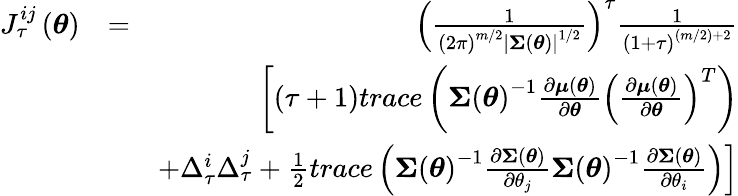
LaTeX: \begin{array}{rlr}{J_{\tau}^{ij}\left(\boldsymbol{\theta}\right)}&{=}&{\left(\frac{1}{\left(2\pi\right)^{m/2}\left\vert\boldsymbol{\Sigma}\left(\boldsymbol{\theta}\right)\right\vert^{1/2}}\right)^{\tau}\frac{1}{\left(1+\tau\right)^{(m/2)+2}}}\\ &{}&{\left[\left(\tau+1\right)trace\left(\boldsymbol{\Sigma}\left(\boldsymbol{\theta}\right)^{-1}\frac{\partial\boldsymbol{\mu}\left(\boldsymbol{\theta}\right)}{\partial\boldsymbol{\theta}}\left(\frac{\partial\boldsymbol{\mu}\left(\boldsymbol{\theta}\right)}{\partial\boldsymbol{\theta}}\right)^{T}\right)\right.}\\ &{}&{\left.+\Delta_{\tau}^{i}\Delta_{\tau}^{j}+\frac{1}{2}trace\left(\boldsymbol{\Sigma}\left(\boldsymbol{\theta}\right)^{-1}\frac{\partial\boldsymbol{\Sigma}\left(\boldsymbol{\theta}\right)}{\partial\theta_{j}}\boldsymbol{\Sigma}\left(\boldsymbol{\theta}\right)^{-1}\frac{\partial\boldsymbol{\Sigma}\left(\boldsymbol{\theta}\right)}{\partial\theta_{i}}\right)\right]}\end{array}